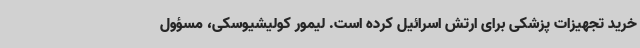
خرید تجهیزات پزشکی برای ارتش اسرائیل کرده است. لیمور کولیشیوسکی، مسؤول